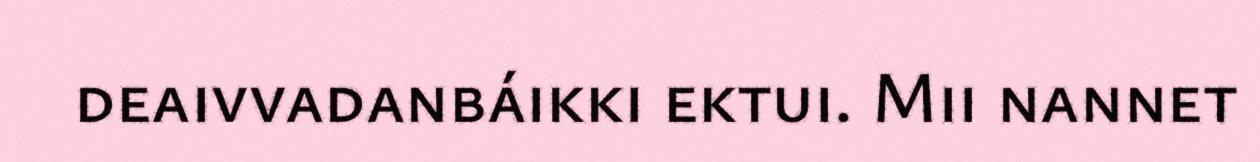
deaivvadanbáikki ektui. Mii nannet